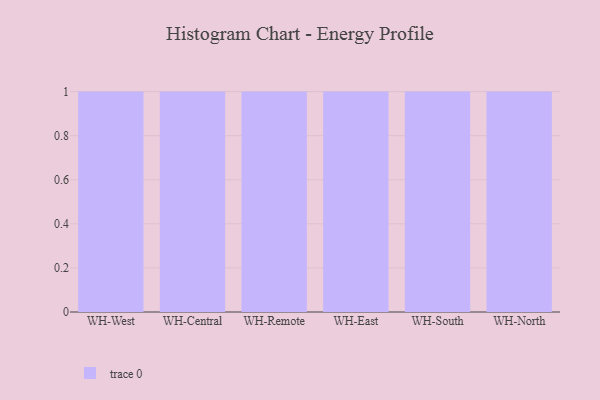
{"axis": {"x": "Warehouse", "y": "Shipments"}, "legend": [""], "data": [{"x": "WH-West", "y": 92, "type": ""}, {"x": "WH-Central", "y": 6, "type": ""}, {"x": "WH-Remote", "y": 5, "type": ""}, {"x": "WH-East", "y": 3, "type": ""}, {"x": "WH-South", "y": 60, "type": ""}, {"x": "WH-North", "y": 26, "type": ""}]}